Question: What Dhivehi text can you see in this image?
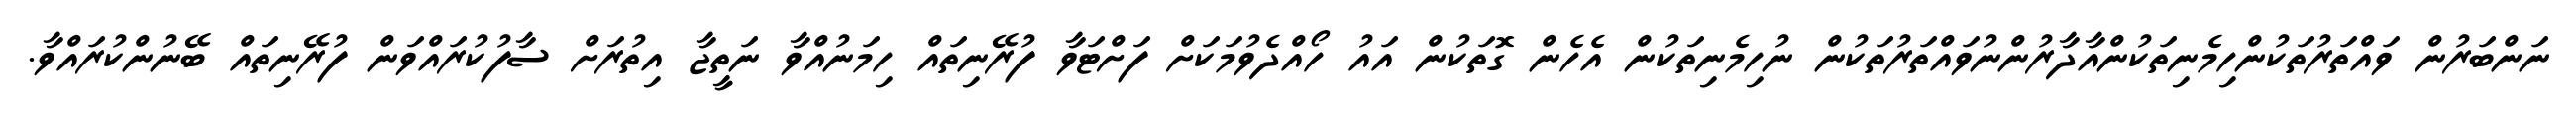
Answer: ނަންބަރުން ވައްތަރުތަކުންހިމެނިތަކުންއާދާރުންނުވައްތަރުތަކުން ނުހިމެނިތަކުން އެހެން ގޮތަކުން އައު ހޯއްދެވުމަކަށް ފަށްޓަވާ ފުރޭނިތައް ހިމަނުއްވާ ނަތީޖާ އިތުރަށް ސާފުކުރައްވަން ފުރޭނިތައް ބޭނުންކުރައްވާ.